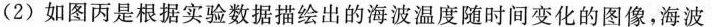
(2)如图丙是根据实验数据描绘出的海波温度随时间变化的图像，海波